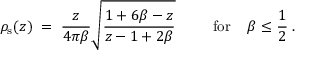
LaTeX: \rho _ { \mathrm { s } } ( z ) \; = \; { \frac { z } { 4 \pi \beta } } \sqrt { { \frac { 1 + 6 \beta - z } { z - 1 + 2 \beta } } } \; \; \; \; \; \; \; \; \; \mathrm { f o r } \; \; \; \; \beta \leq { \frac { 1 } { 2 } } \; .